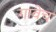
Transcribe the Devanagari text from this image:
गावेच